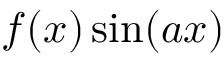
f ( x ) \sin ( a x )